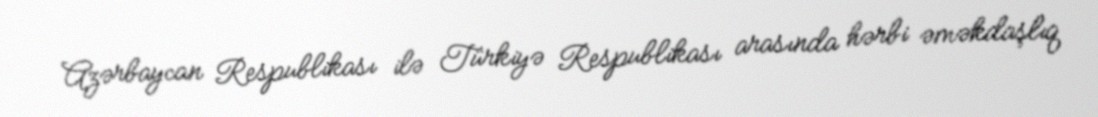
Azərbaycan Respublikası ilə Türkiyə Respublikası arasında hərbi əməkdaşlıq